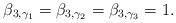
LaTeX: \begin{align*}\beta_{3,\gamma_1}=\beta_{3,\gamma_2}=\beta_{3,\gamma_3}=1. \end{align*}